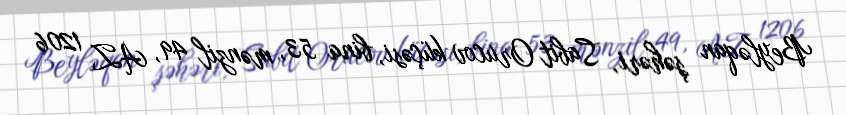
Beyləqan şəhəri, Sabit Orucov küçəsi, bina 53, mənzil 49, AZ 1206